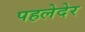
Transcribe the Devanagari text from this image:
पहलेदेर